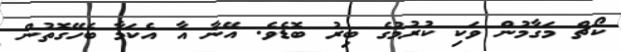
ކޯޗް މަގާމުން ވަކި ކުރުމުގެ ބިރު ބޮޑެވެ. އޭނާ އާ އެކަމާ ބެހޭގޮތުން